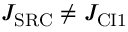
J _ { \mathrm { S R C } } \neq J _ { \mathrm { C I 1 } }